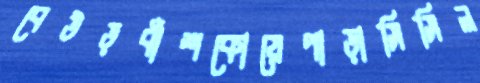
বেউড়বাঁশকোয়েপাড়াসিসিল